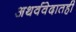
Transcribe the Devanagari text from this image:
अथर्ववेदातही